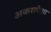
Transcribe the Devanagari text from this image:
अकरापेक्षा